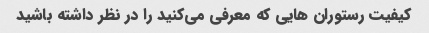
کیفیت رستوران هایی که معرفی می‌کنید را در نظر داشته باشید